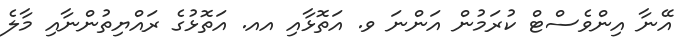
އޭނާ އިންވެސްޓް ކުރަމުން އަންނަ ވ. އަތޮޅާއި އއ. އަތޮޅުގެ ރައްޔިތުންނާއި މާލެ